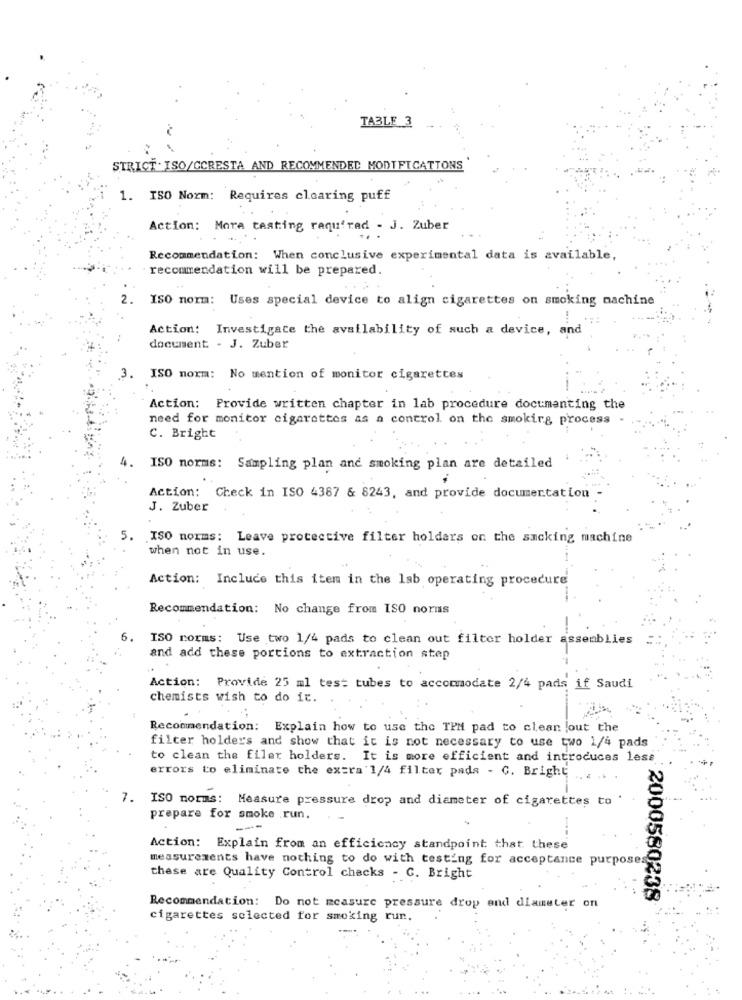
TABLE 3
STRICT . ISO/CCRESTA AND RECOMMENDED MODIFICATIONS
1. ISO Norm: Requires clearing puff
Action: More testing raqu'rad - J. Zuber
Recommendation: When conclusive experimental data is available,
recommendation will be prepared.
2.
ISO norm: Uses special device to align cigarettes on smoking machine
Action: Investigate the availability of such a device, and
document - J. Zuber
3. ISO norm: No mention of monitor cigarettes
Action: Provide written chapter in lab procedure documenting the
need for monitor cigarettes as a control on the smoking process -
C. Bright
ISO norms: Sampling plan and smoking plan are detailed
Action: Check in ISO 4387 & 8243, and provide documentation
J. Zuber
5.
ISO norms: Leave protective filter holders on the sacking machine
when not in use.
Action: Incluce this item in the lab operating procedure
Recommendation: No change from ISO norms
6.
ISO rorms: Use two 1/4 pads to clean out filter holder assemblies
and add these portions to extraction step
Action: Provide 25 ml test tubes to accommodate 2/4 pads if Saudi
chemists wish to do it.
Recommendation: Explain how to use the TPM pad to clean lout the
filter holders and show that it is not necessary to use two 1/4 pads
to clean the filer holders. It is more efficient and introduces less
errors to eliminate the extra 1/4 filter pada - G. Bright
7. ISO norms: Measure pressure drop and diameter of cigarettes to
prepare for smoke run.
Action: Explain from an efficiency standpoint that these
measurements have nothing to do with testing for acceptance purposes
these are Quality Control checks - C. Bright
2000580238
Recommendation: Do not measure pressure drop and diameter on
cigarettes selected for smoking run.